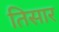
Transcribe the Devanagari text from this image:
तिसार